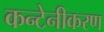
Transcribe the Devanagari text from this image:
कन्टेनीकरण